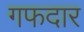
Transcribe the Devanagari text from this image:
गफदार